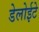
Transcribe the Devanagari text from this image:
डेलोईटे